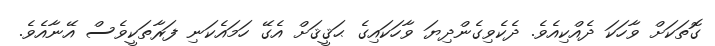
ގޮތަކަށް ވާހަކަ ދެއްކިއެވެ. ދެކެވިގެންދިޔަ ވާހަކައިގެ ޙަޤީޤަށް އެގޭ ހަމައެކަނި ފަރާތަކީވެސް އޭނާއެވެ.